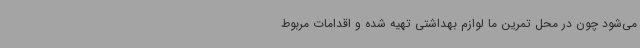
می‌شود چون در محل تمرین ما لوازم بهداشتی تهیه شده و اقدامات مربوط